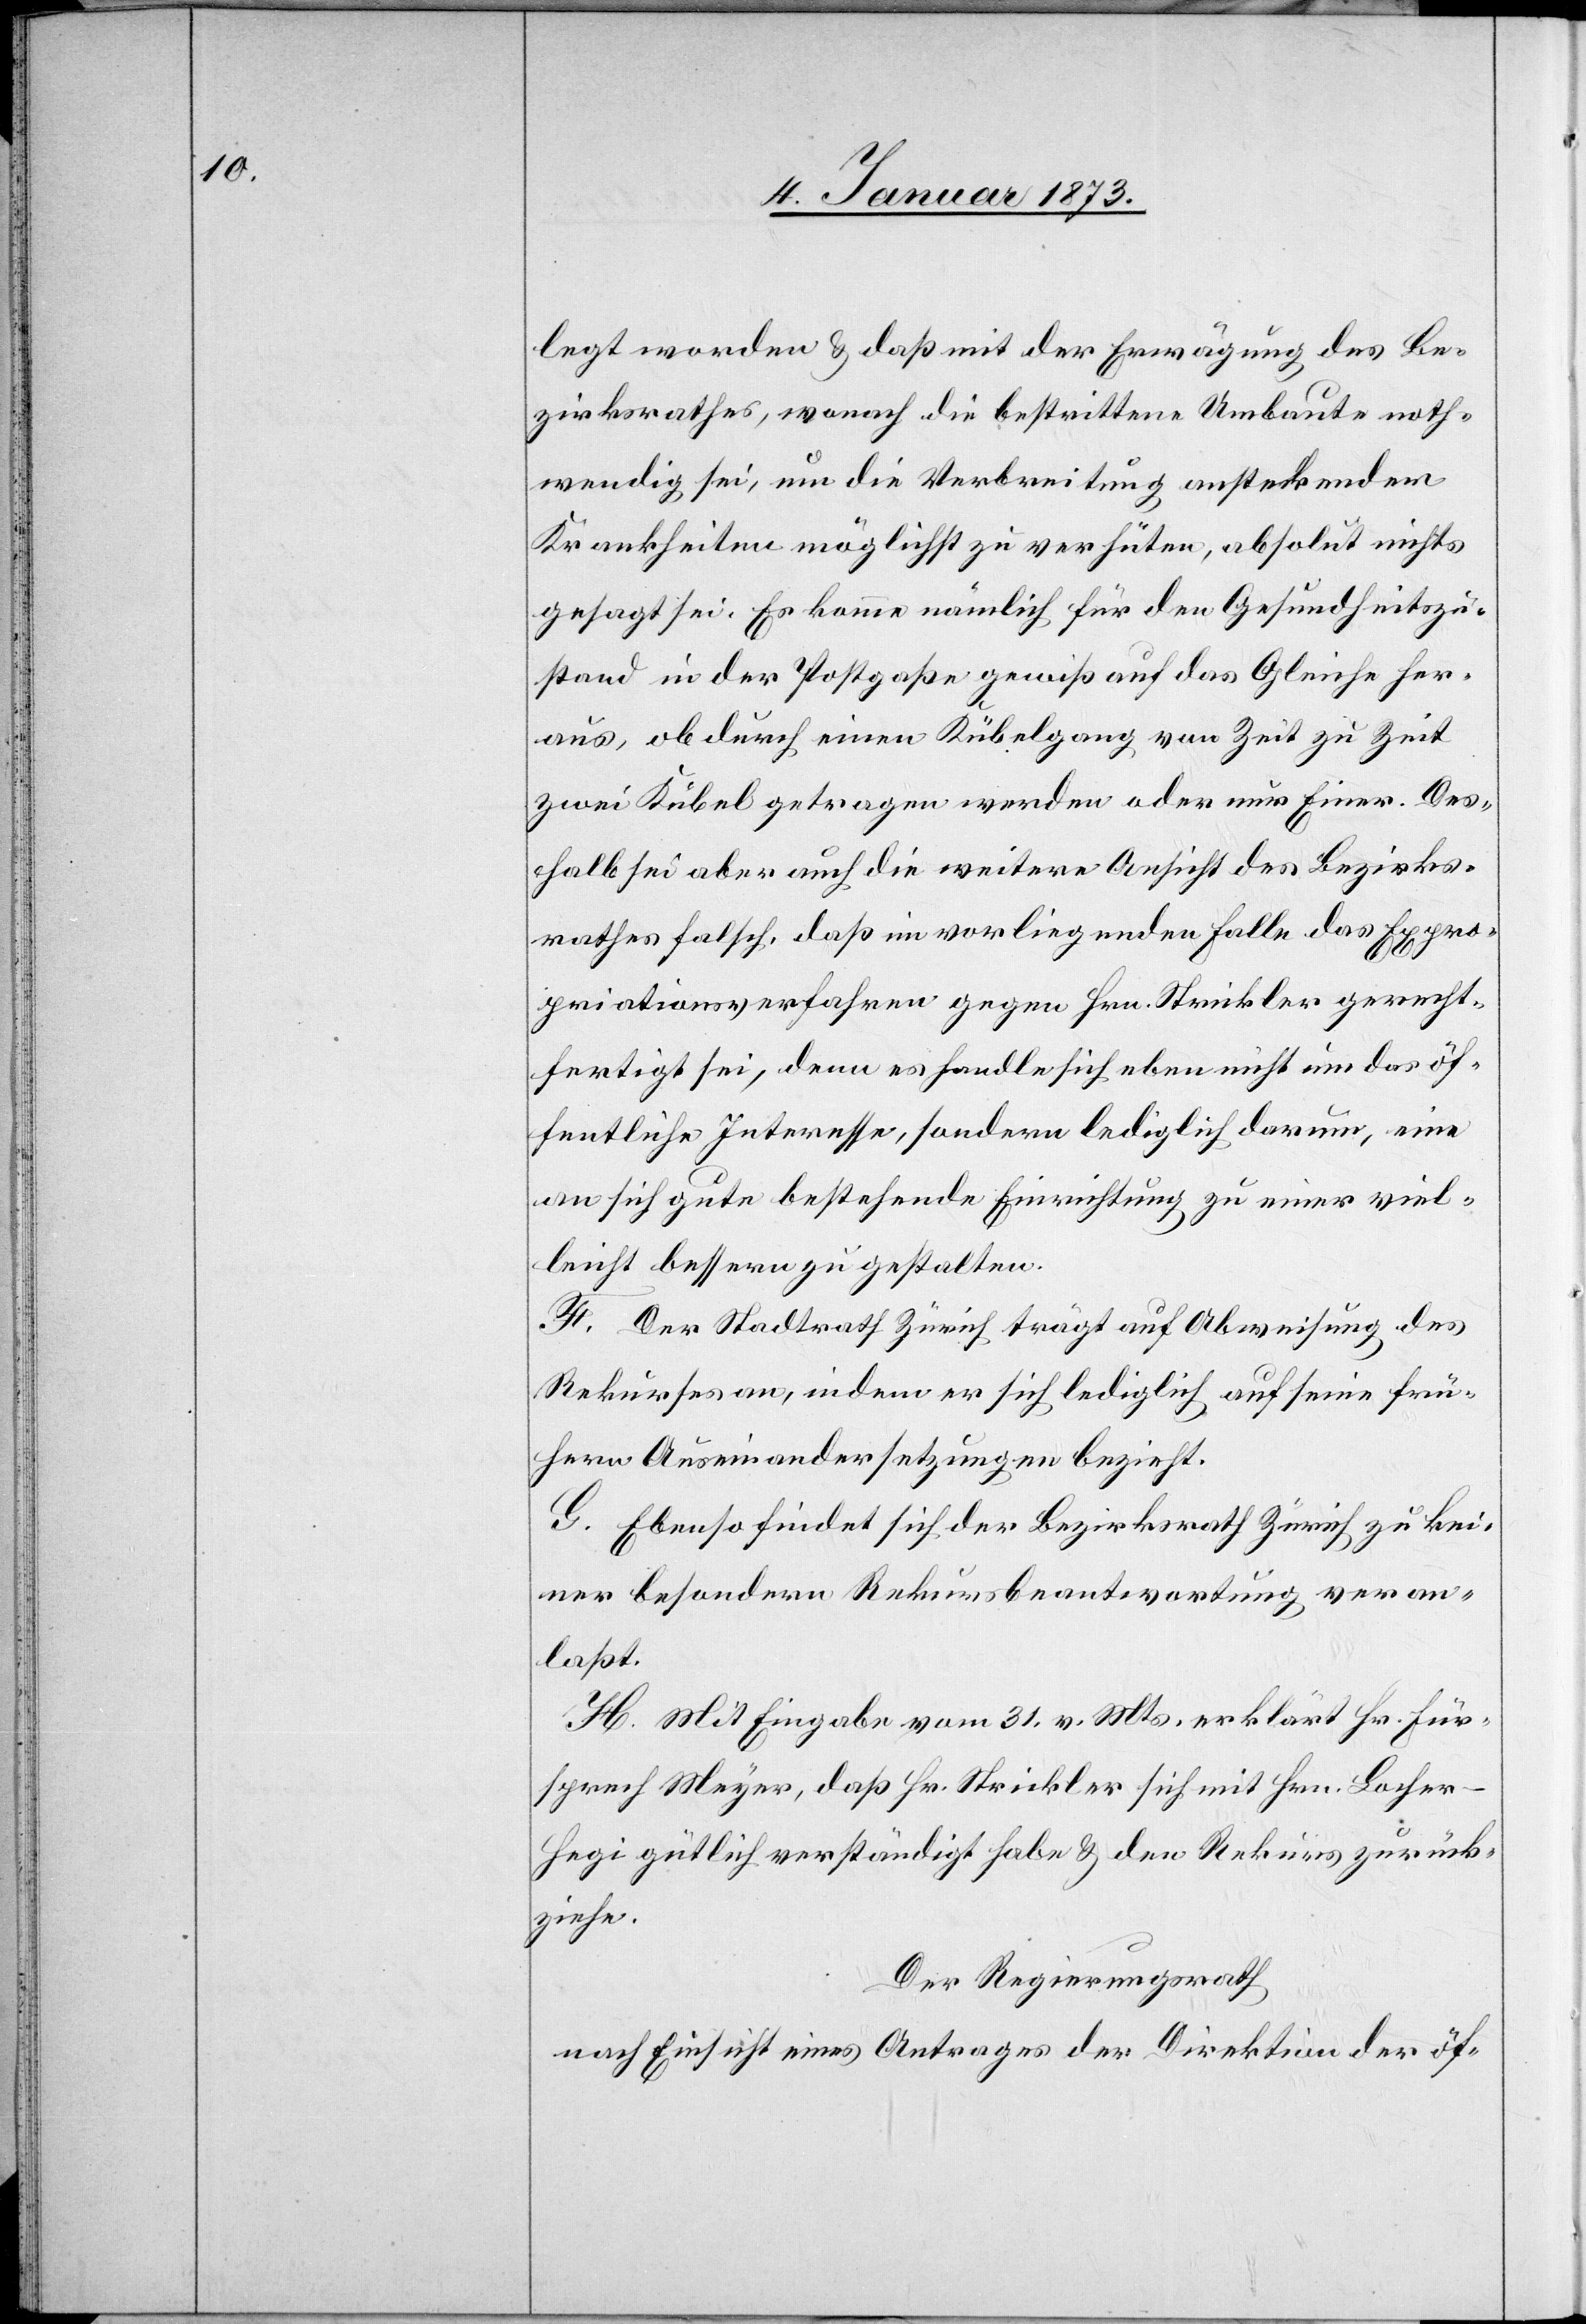
legt worden & daß mit der Erwägung des Be¬
zirksrathes, wonach die bestrittene Umbaute noth¬
wendig sei, um die Verbreitung ansteckender
Krankheiten möglichst zu verhüten, absolut nichts
gesagt sei. Es komme nämlich für den Gesundheitszu¬
stand in der Pottgaße gewiß auf das Gleiche her¬
aus, ob durch einen Kübelgang von Zeit zu Zeit
zwei Kübel getragen werden oder nur Einer. Des¬
halb sei aber auch die weitere Ansicht des Bezirks¬
rathes falsch, daß im vorliegenden Falle das Expro¬
priationsverfahren gegen Hrn. Strickler gerecht¬
fertigt sei, denn es handle sich eben nicht um das öf¬
fentliche Interesse, sondern lediglich darum, eine
an sich gute bestehende Einrichtung zu einer viel¬
leicht bessern zu gestalten.
F. Der Stadtrath Zürich trägt auf Abweisung des
Rekurses an, indem er sich lediglich auf seine frü¬
hern Auseinandersetzungen bezieht.
G. Ebenso findet sich der Bezirksrath Zürich zu kei¬
ner besondern Rekursbeantwortung veran¬
laßt.
H. Mit Eingabe vom 31. v. Mts. erklärt Hr. Für¬
sprech Meyer, daß Hr. Strickler sich mit Hrn. Lacher-H¬
egi gütlich verständigt habe & den Rekurs zurück¬
ziehe.
Der Regierungsrath
nach Einsicht eines Antrages der Direktion der öf-